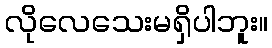
လိုလေသေးမရှိပါဘူး။